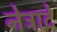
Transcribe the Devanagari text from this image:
नेत्रादे